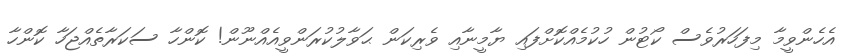
އެހެންވީމާ މިފަހަރުވެސް ކޯޓުން ހުކުމެއްކޮށްފައި ޔާމީނާއި ވެރިކަން ޙަވާލުކުރަންވީއެއްނޫން! ކޮންހާ ސަކަރާތެއްޖަހާ ކޮންހާ